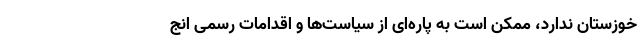
خوزستان ندارد، ممکن است به پاره‌ای از سیاست‌ها و اقدامات رسمی انج